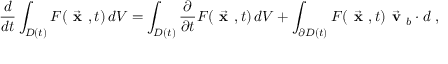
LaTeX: { \frac { d } { d t } } \int _ { D ( t ) } F ( { \vec { \textbf { x } } } , t ) \, d V = \int _ { D ( t ) } { \frac { \partial } { \partial t } } F ( { \vec { \textbf { x } } } , t ) \, d V + \int _ { \partial D ( t ) } F ( { \vec { \textbf { x } } } , t ) { \vec { \textbf { v } } } _ { b } \cdot d \mathbf { \Sigma } ,